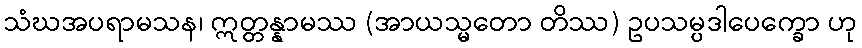
သံဃအပရာမသန၊ ဣတ္တန္နာမဿ (အာယသ္မတော တိဿ) ဥပသမ္ပဒါပေက္ခော ဟု